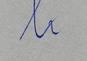
Signature authenticity: forged